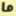
ما